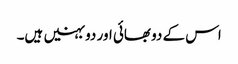
اس کے دو بھائی اور دو بہنیں ہیں۔